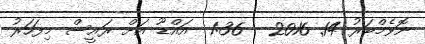
ނޮވެމްބަރު 14